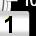
Digit: 1